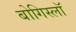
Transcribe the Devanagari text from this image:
बोगिस्लॉ